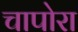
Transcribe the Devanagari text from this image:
चापोरा